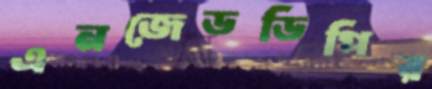
এনজেডডিপির